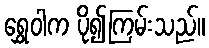
ရွှေဝါက ပို၍ကြမ်းသည်။